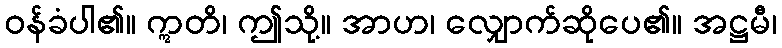
ဝန်ခံပါ၏။ ဣတိ၊ ဤသို့။ အာဟ၊ လျှောက်ဆိုပေ၏။ အဋ္ဌမီ၊